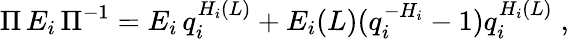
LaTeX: \Pi\, E_{i}\, \Pi^{-1}=E_{i}\, q_{i}^{H_{i}(L)}+E_{i}(L)(q_{i}^{-H_{i}}-1)q_{i}^{H_{i}(L)}\; ,